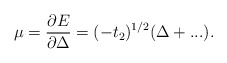
\begin{align*}\mu = \frac{\partial E}{\partial \Delta} = (-t_{2})^{1/2} (\Delta +...).\end{align*}